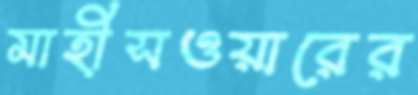
মাহীসওয়ারের